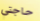
حاجتي